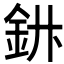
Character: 𲇅